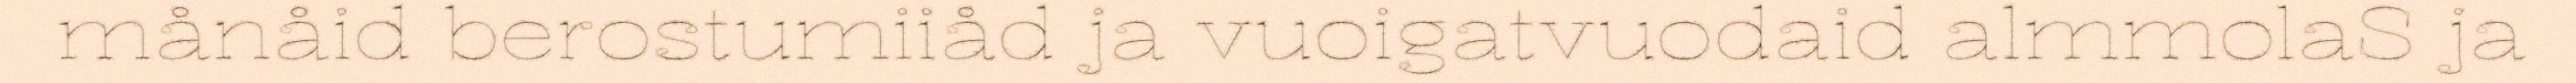
månåid berostumiiåd ja vuoigatvuodaid almmolaS ja